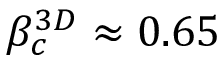
\beta _ { c } ^ { 3 D } \approx 0 . 6 5